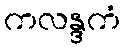
ကလန္ဒကံ